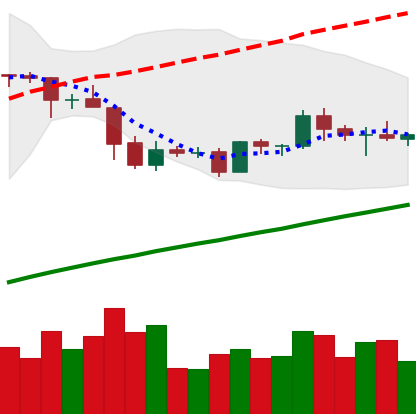
Ticker: EOS-USD
Chart end date: 2019-05-08
Forward return: 13.85%
Label: up_7plus